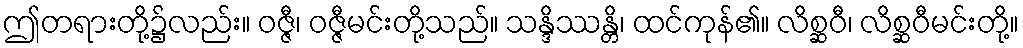
ဤတရားတို့၌လည်း။ ဝဇ္ဇီ၊ ဝဇ္ဇီမင်းတို့သည်။ သန္ဒိဿန္တိ၊ ထင်ကုန်၏။ လိစ္ဆဝီ၊ လိစ္ဆဝီမင်းတို့။